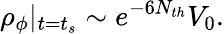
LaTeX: \rho_{\phi}|_{t=t_{s}}\sim e^{-6N_{th}}V_{0}.